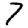
Digit: 7